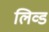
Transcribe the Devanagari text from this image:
लिव्ड